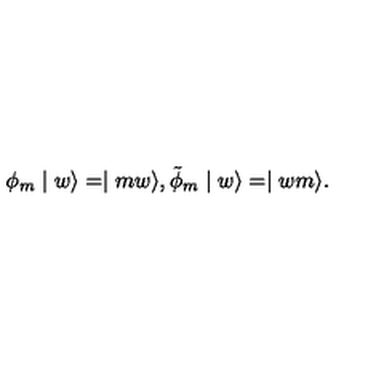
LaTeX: \phi _ { m } \mid w \rangle = \mid m w \rangle , \tilde { \phi } _ { m } \mid w \rangle = \mid w m \rangle .